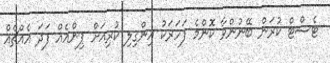
ޓެސްޓް ކުރަން ބޭނުންވާ ކޮންމެ ފަހަރަކު އިންގިލި ކުރިއަށް ޕިންއެއް ފަދަ އެއްޗެއް